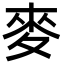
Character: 麥